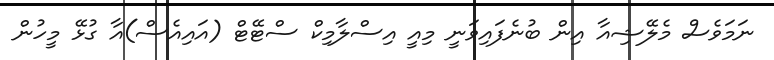
ނަމަވެސް މެލޭޝިއާ އިން ބުނެފައިވަނީ މިއީ އިސްލާމިކް ސްޓޭޓް (އައިއެސް)އާ ގުޅޭ މީހުން